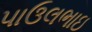
પાઉલભાઇ